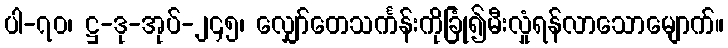
ပါ-၇၀၊ ဋ္ဌ-ဒု-အုပ်-၂၄၅၊ လျှော်တေသင်္ကန်းကိုခြုံ၍မီးလှုံရန်လာသောမျောက်။